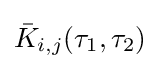
{\bar {K}}_{i,j}(\tau _{1},\tau _{2})